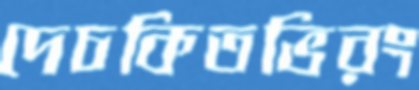
দেচকিতভিরং